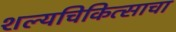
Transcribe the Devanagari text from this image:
शल्यचिकित्साचा